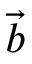
\vec { b }